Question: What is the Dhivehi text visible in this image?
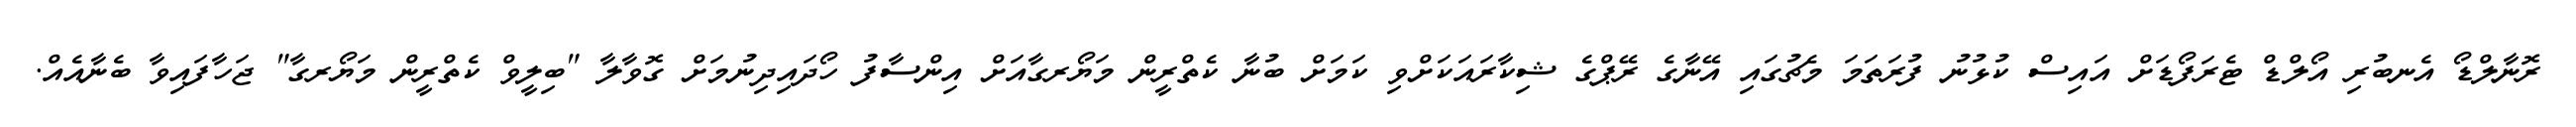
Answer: ރޮނާލްޑޯ އެނބުރި އޯލްޑް ޓެރަފޯޑަށް އައިސް ކުޅުނު ފުރަތަމަ މެޗުގައި އޭނާގެ ރޭޕްގެ ޝިކާރައަކަށްވި ކަމަށް ބުނާ ކެތްރީން މަޔޯރގާއަށް އިންސާފު ހޯދައިދިނުމަށް ގޮވާލާ "ބިލީވް ކެތްރީން މަޔޯރގާ" ޖަހާފައިވާ ބެނާއެއް.